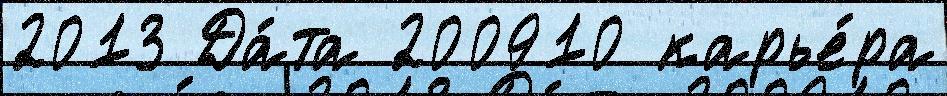
2013 Да́та 200910 карье́ра